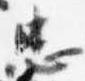
忠